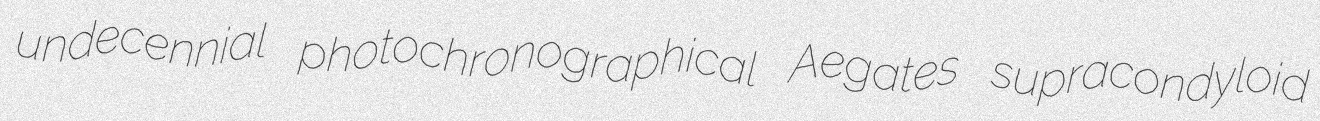
undecennial photochronographical Aegates supracondyloid